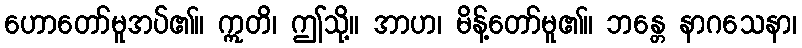
ဟောတော်မူအပ်၏။ ဣတိ၊ ဤသို့။ အာဟ၊ မိန့်တော်မူ၏။ ဘန္တေ နာဂသေနာ၊